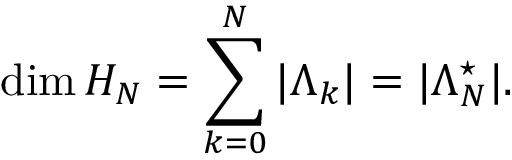
\mathrm { d i m } \, H _ { N } = \sum _ { k = 0 } ^ { N } | \Lambda _ { k } | = | \Lambda _ { N } ^ { \star } | .